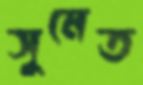
সুমেত